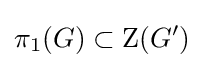
\pi _{1}(G)\subset \operatorname {Z} (G')